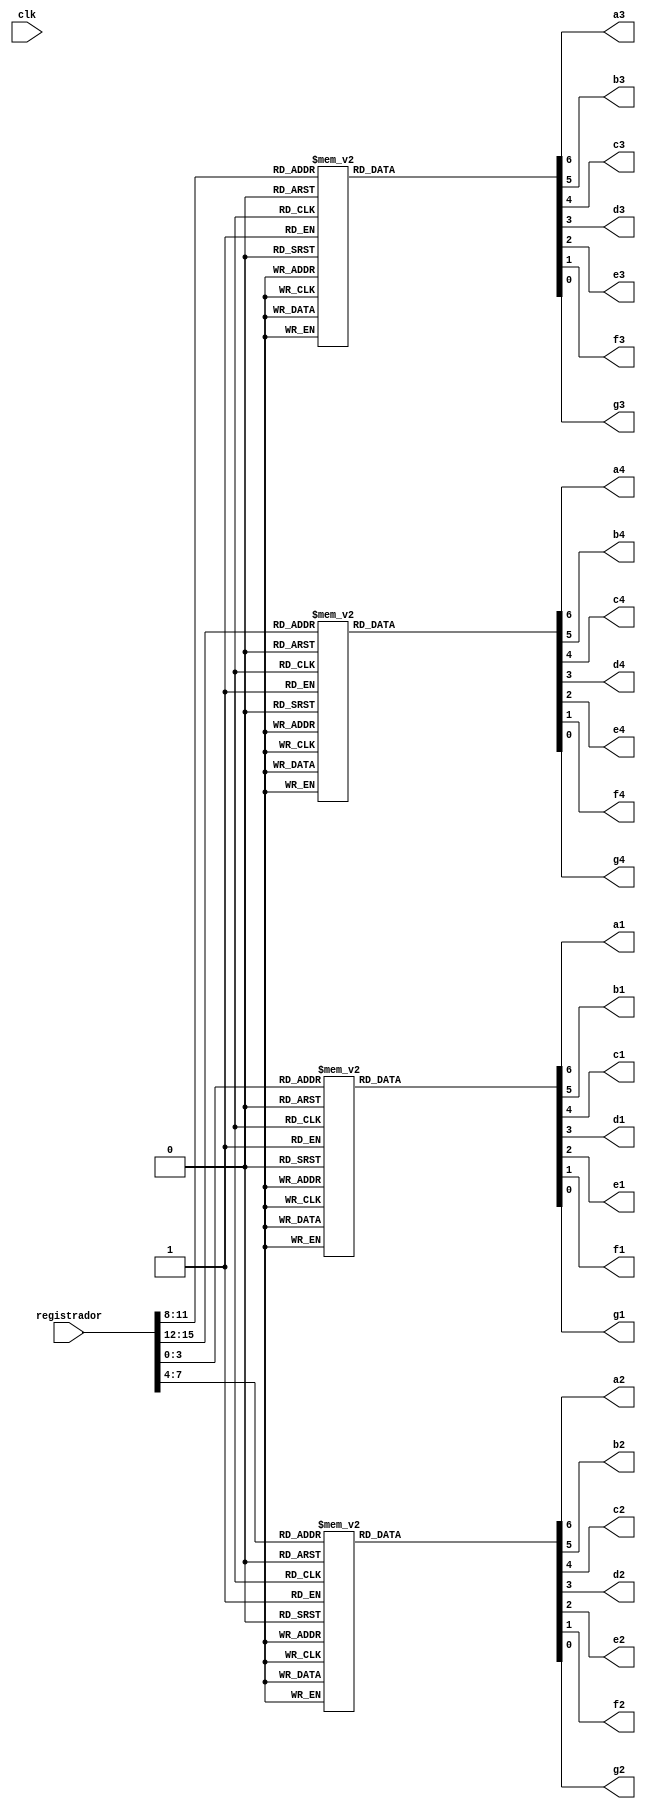
module bcd(clk,registrador, a1, b1, c1, d1, e1, f1, g1, a2, b2, c2, d2, e2, f2, g2, a3, b3, c3, d3, e3, f3, g3, a4, b4, c4, d4, e4, f4, g4);
	input [15:0] registrador;
	input clk;
	output a1, b1, c1, d1, e1, f1, g1;
	output a2, b2, c2, d2, e2, f2, g2;
	output a3, b3, c3, d3, e3, f3, g3;
	output a4, b4, c4, d4, e4, f4, g4;
	
	reg [6:0] SeteSegmentos;
	reg [6:0] SeteSegmentos2;
	reg [6:0] SeteSegmentos3;
	reg [6:0] SeteSegmentos4;
	
	always @(*) begin
		case({registrador[3], registrador[2], registrador[1], registrador[0]})
			4'b0000: SeteSegmentos = 7'b0000001;
			4'b0001: SeteSegmentos = 7'b1001111;
			4'b0010: SeteSegmentos = 7'b0010010;
			4'b0011: SeteSegmentos = 7'b0000110;
			4'b0100: SeteSegmentos = 7'b1001100;
			4'b0101: SeteSegmentos = 7'b0100100;
			4'b0110: SeteSegmentos = 7'b1100000;
			4'b0111: SeteSegmentos = 7'b0001111;
			4'b1000: SeteSegmentos = 7'b0000000;
			4'b1001: SeteSegmentos = 7'b0001100;
			default: SeteSegmentos = 7'b1111111;
		endcase
		case({registrador[7], registrador[6], registrador[5], registrador[4]}) 
			4'b0000: SeteSegmentos2 = 7'b0000001;
			4'b0001: SeteSegmentos2 = 7'b1001111;
			4'b0010: SeteSegmentos2 = 7'b0010010;
			4'b0011: SeteSegmentos2 = 7'b0000110;
			4'b0100: SeteSegmentos2 = 7'b1001100;
			4'b0101: SeteSegmentos2 = 7'b0100100;
			4'b0110: SeteSegmentos2 = 7'b1100000;
			4'b0111: SeteSegmentos2 = 7'b0001111;
			4'b1000: SeteSegmentos2 = 7'b0000000;
			4'b1001: SeteSegmentos2 = 7'b0001100;
			default: SeteSegmentos2 = 7'b1111111;
		endcase
		case({registrador[11], registrador[10], registrador[9], registrador[8]}) 
			4'b0000: SeteSegmentos3 = 7'b0000001;
			4'b0001: SeteSegmentos3 = 7'b1001111;
			4'b0010: SeteSegmentos3 = 7'b0010010;
			4'b0011: SeteSegmentos3 = 7'b0000110;
			4'b0100: SeteSegmentos3 = 7'b1001100;
			4'b0101: SeteSegmentos3 = 7'b0100100;
			4'b0110: SeteSegmentos3 = 7'b1100000;
			4'b0111: SeteSegmentos3 = 7'b0001111;
			4'b1000: SeteSegmentos3 = 7'b0000000;
			4'b1001: SeteSegmentos3 = 7'b0001100;
			default: SeteSegmentos3 = 7'b1111111;
		endcase
		case({registrador[15], registrador[14], registrador[13], registrador[12]}) 
			4'b0000: SeteSegmentos4 = 7'b0000001;
			4'b0001: SeteSegmentos4 = 7'b1001111;
			4'b0010: SeteSegmentos4 = 7'b0010010;
			4'b0011: SeteSegmentos4 = 7'b0000110;
			4'b0100: SeteSegmentos4 = 7'b1001100;
			4'b0101: SeteSegmentos4 = 7'b0100100;
			4'b0110: SeteSegmentos4 = 7'b1100000;
			4'b0111: SeteSegmentos4 = 7'b0001111;
			4'b1000: SeteSegmentos4 = 7'b0000000;
			4'b1001: SeteSegmentos4 = 7'b0001100;
			default: SeteSegmentos4 = 7'b1111111;
		endcase
	end
	
	assign {a1, b1, c1, d1, e1, f1, g1} = SeteSegmentos;
	assign {a2, b2, c2, d2, e2, f2, g2} = SeteSegmentos2;
	assign {a3, b3, c3, d3, e3, f3, g3} = SeteSegmentos3;
	assign {a4, b4, c4, d4, e4, f4, g4} = SeteSegmentos4;
	
endmodule